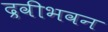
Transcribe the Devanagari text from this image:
द्रवीभवन